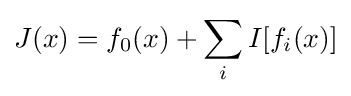
J(x)=f_{0}(x)+\sum _{i}I[f_{i}(x)]